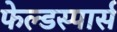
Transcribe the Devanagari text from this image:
फेल्डस्पार्स